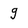
Character: g